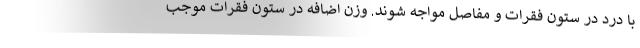
با درد در ستون فقرات و مفاصل مواجه شوند. وزن اضافه در ستون فقرات موجب